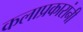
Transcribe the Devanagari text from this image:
कलाप्रकारांनी